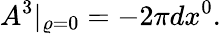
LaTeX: A^{3}|_{\varrho=0}=-2\pi dx^{0}.